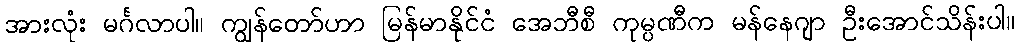
အားလုံး မင်္ဂလာပါ။ ကျွန်တော်ဟာ မြန်မာနိုင်ငံ အေဘီစီ ကုမ္ပဏီက မန်နေဂျာ ဦးအောင်သိန်းပါ။